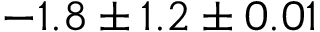
- 1 . 8 \pm 1 . 2 \pm 0 . 0 1